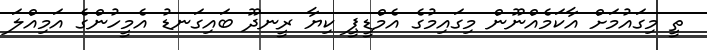
ތީ މިގައުމަށް އާކަމެއްނޫން މިގައިމުގެ އެމްޑީޕީ ކިޔާ ރީނދޫ ބައިގަނޑު އެމީހުންގެ އަމިއްލަ